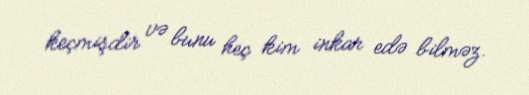
keçmişdir və bunu heç kim inkar edə bilməz.